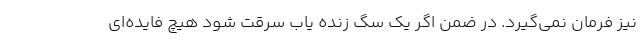
نیز فرمان نمی‌گیرد. در ضمن اگر یک سگ زنده یاب سرقت شود هیچ فایده‌ای